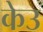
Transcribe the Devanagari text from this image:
केउ